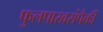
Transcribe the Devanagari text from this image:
फुलपाखरांपैकी